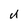
Character: U